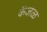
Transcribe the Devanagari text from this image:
केंजळ